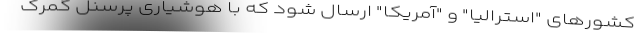
کشورهای "استرالیا" و "آمریکا" ارسال شود که با هوشیاری پرسنل گمرک